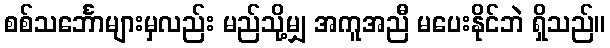
စစ်သင်္ဘောများမှလည်း မည်သို့မျှ အကူအညီ မပေးနိုင်ဘဲ ရှိသည်။